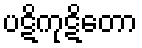
ပဋိကုဋိတော